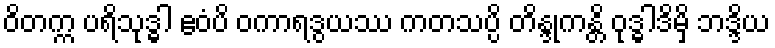
ဝိတက္က ပရိသုဒ္ဓါ ဧဝံပိ ဝကာရဒွယဿ ကတသပ္ပိ တိန္ဒုကန္တိ ဝုဒ္ဓါဒိမှိ ဘဒ္ဒိယ